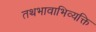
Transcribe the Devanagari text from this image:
तथभावाभिव्यक्ति